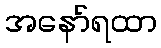
အနော်ရထာ